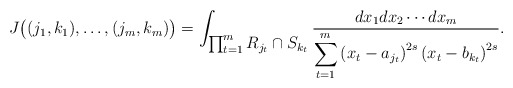
\begin{align*}J\bigl((j_1,k_1),\ldots, (j_m,k_m)\bigr)=\int_{\textstyle\prod_{t=1}^mR_{j_{t}}\cap S_{k_{t}} }\frac{dx_1dx_2\cdots dx_m}{\displaystyle\sum_{t=1}^{m}\left(x_t-a_{j_t}\right)^{2s}\left(x_t-b_{k_t}\right)^{2s}}. \end{align*}